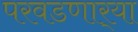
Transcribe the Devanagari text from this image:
परवडणार्‍या